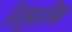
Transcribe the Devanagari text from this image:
हैसुप्रीम